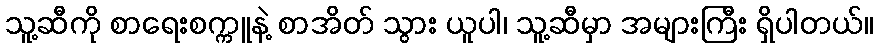
သူ့ဆီကို စာရေးစက္ကူနဲ့ စာအိတ် သွား ယူပါ၊ သူ့ဆီမှာ အများကြီး ရှိပါတယ်။